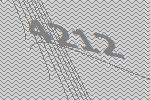
4212